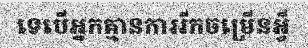
ទេបើអ្នកគ្មានការរីកចម្រើនអ្វី